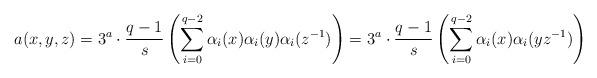
LaTeX: \begin{align*}a(x,y,z)= 3^a\cdot \frac{q-1}{s} \left( \sum\limits_{i=0}^{q-2} \alpha_i(x)\alpha_i(y)\alpha_i(z^{-1})\right)= 3^a\cdot \frac{q-1}{s} \left( \sum\limits_{i=0}^{q-2} \alpha_i(x)\alpha_i(yz^{-1})\right)\end{align*}